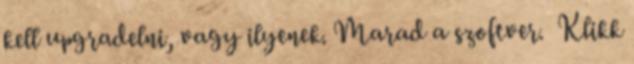
kell upgradelni, vagy ilyenek. Marad a szoftver. Klikk